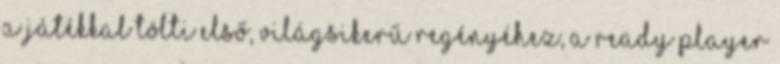
a játékkal tölti Első, világsikerű regényéhez, a Ready Player